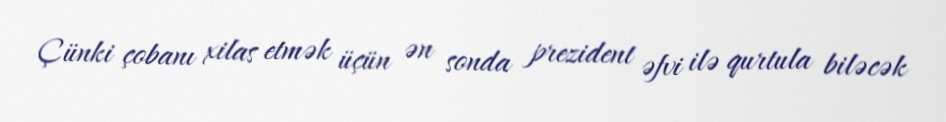
Çünki çobanı xilas etmək üçün ən sonda prezident əfvi ilə qurtula biləcək